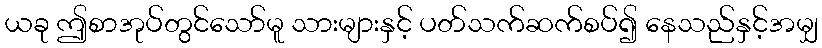
ယခု ဤစာအုပ်တွင်သော်မူ သားများနှင့် ပတ်သက်ဆက်စပ်၍ နေသည်နှင့်အမျှ